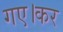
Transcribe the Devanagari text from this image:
गए।कर